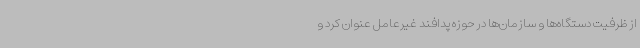
از ظرفیت دستگاه‌ها و سازمان‌ها در حوزه پدافند غیرعامل عنوان کرد و